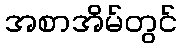
အစာအိမ်တွင်